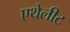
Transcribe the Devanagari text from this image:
एथेलीट